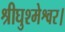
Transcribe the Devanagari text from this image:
श्रीघुश्मेश्वर।